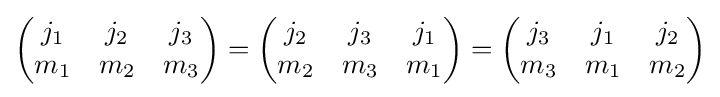
{\begin{pmatrix}j_{1}&j_{2}&j_{3}\\m_{1}&m_{2}&m_{3}\end{pmatrix}}={\begin{pmatrix}j_{2}&j_{3}&j_{1}\\m_{2}&m_{3}&m_{1}\end{pmatrix}}={\begin{pmatrix}j_{3}&j_{1}&j_{2}\\m_{3}&m_{1}&m_{2}\end{pmatrix}}